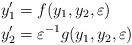
LaTeX: \begin{align*} &y_1'= f(y_1,y_2,\varepsilon)\\ &y_2'=\varepsilon^{-1}g(y_1,y_2,\varepsilon) \end{align*}